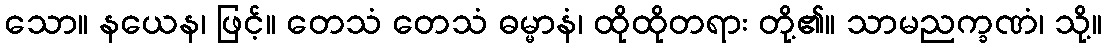
သော။ နယေန၊ ဖြင့်။ တေသံ တေသံ ဓမ္မာနံ၊ ထိုထိုတရား တို့၏။ သာမညက္ခဏံ၊ သို့။